Moisadokumentide_kollektsioon, lk 2
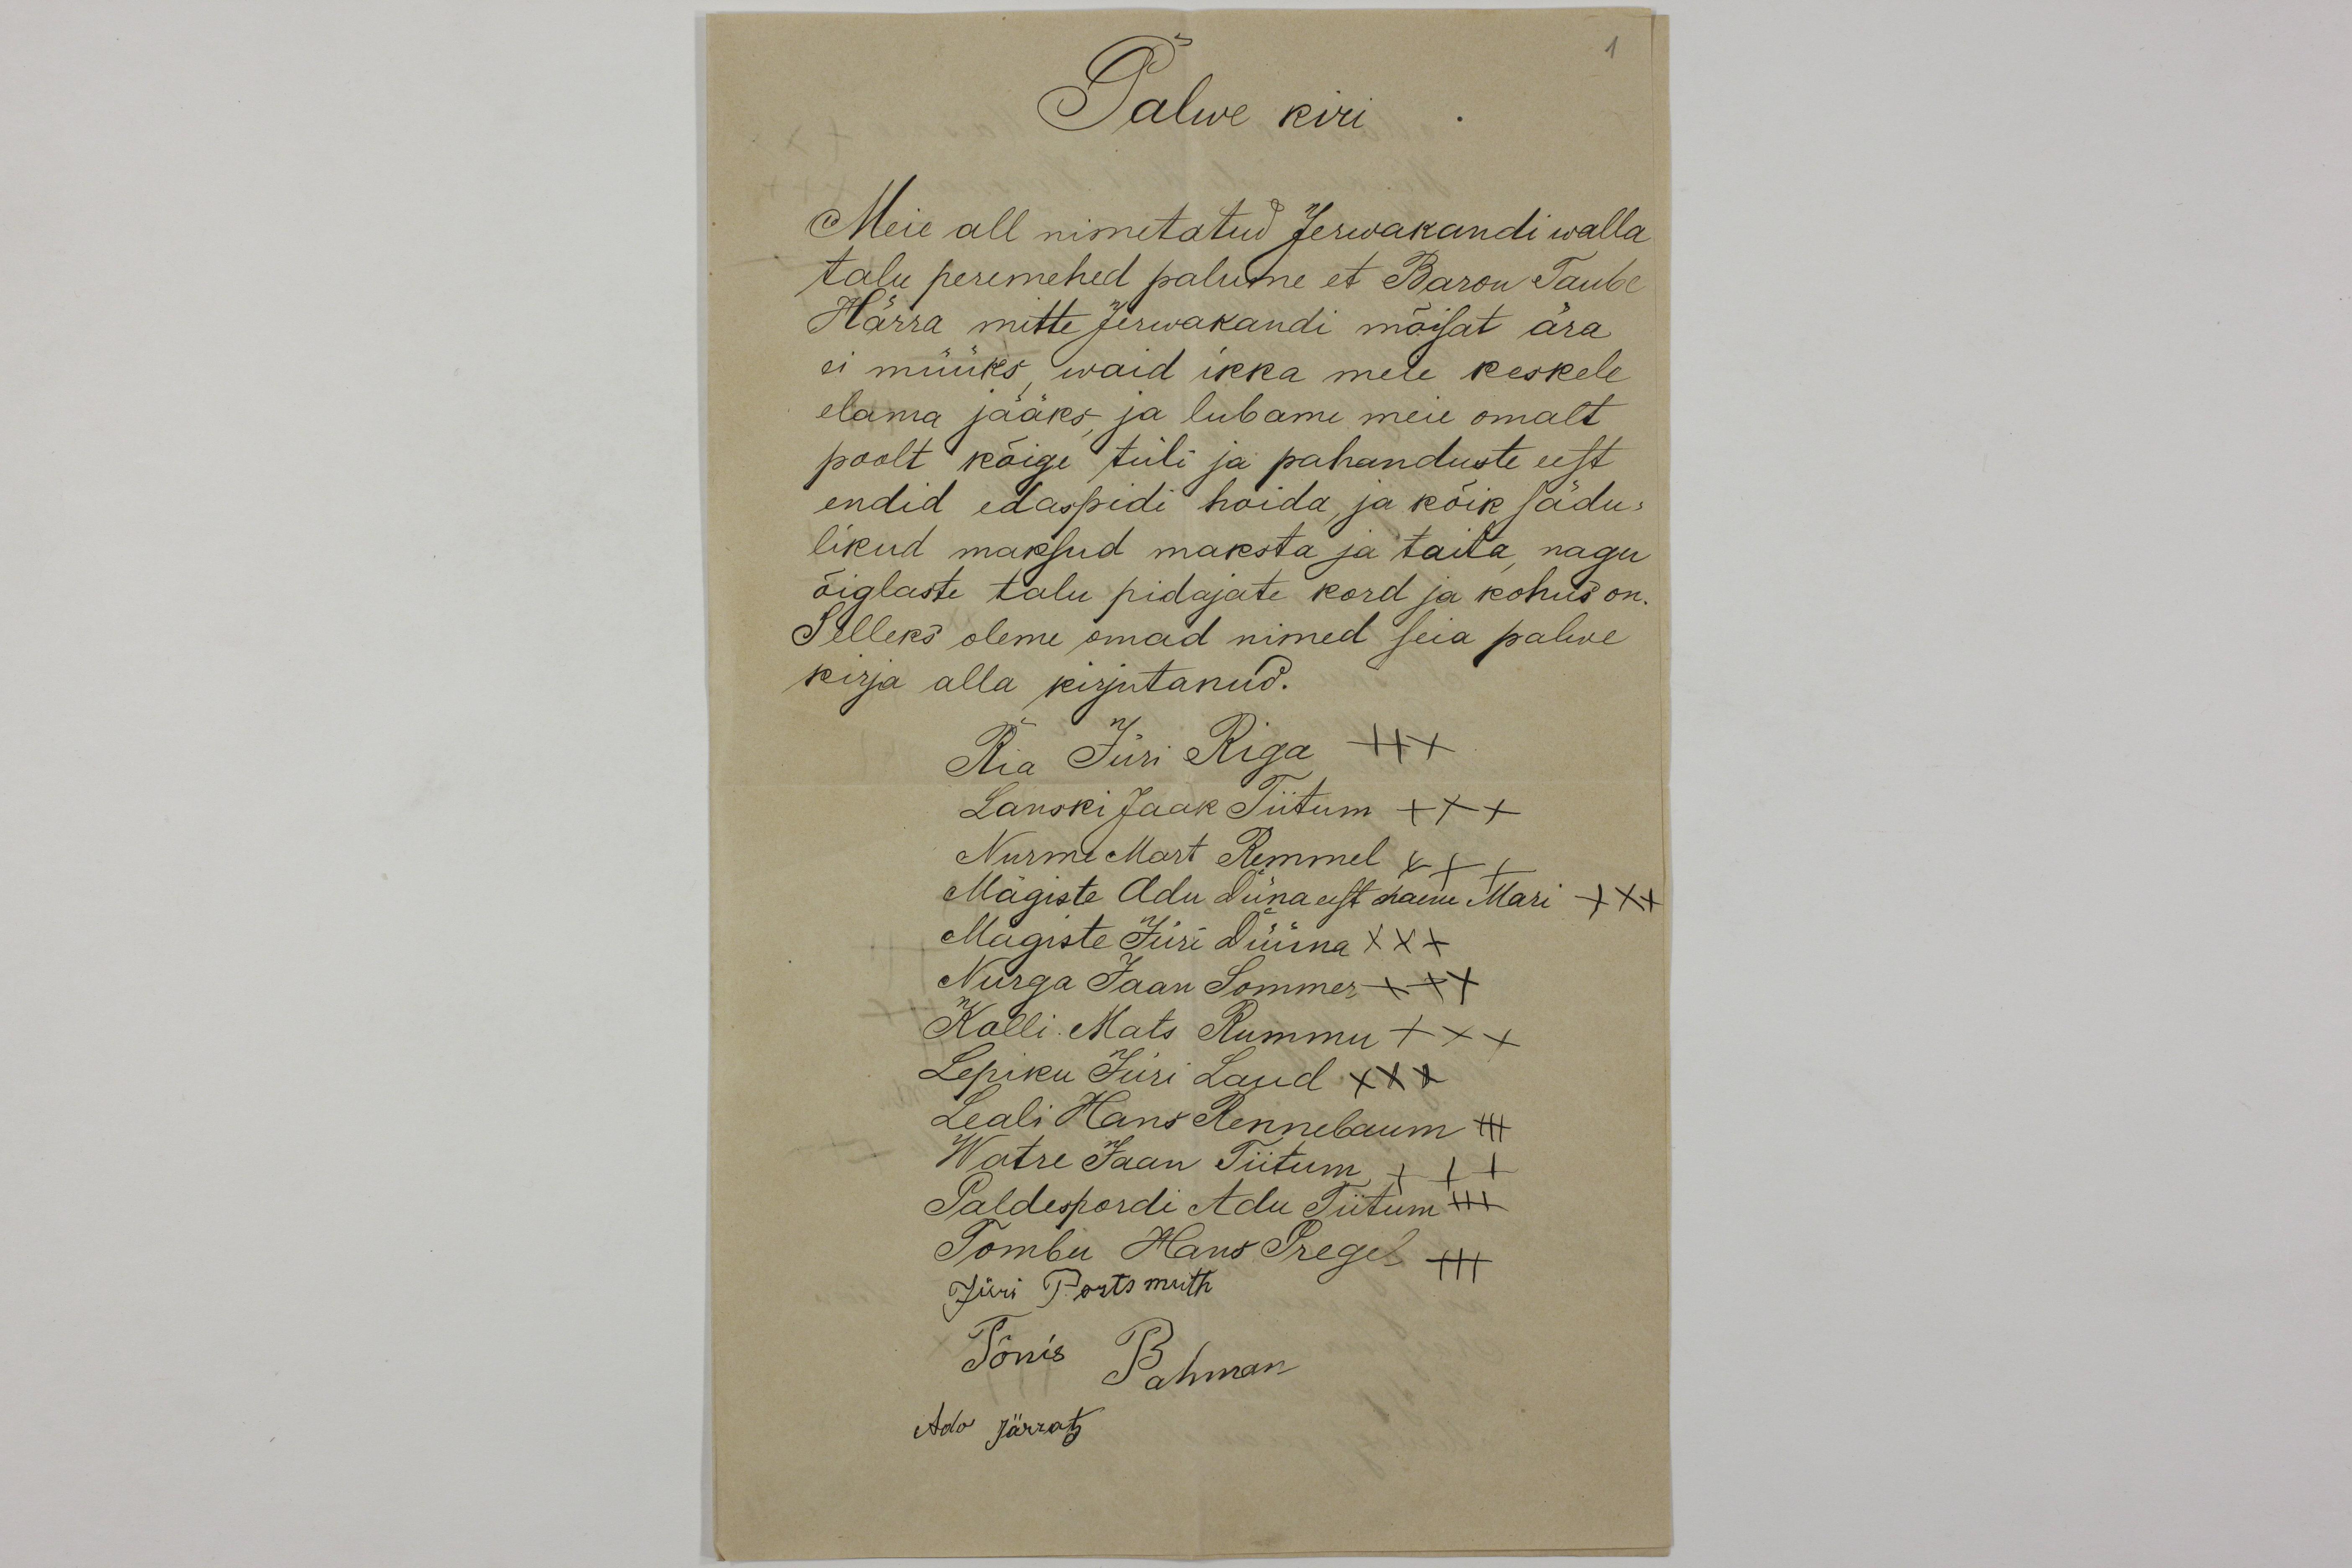
Palwe kiri
Meie all nimetatud Jerwakandi walla
talu peremehed palume, et Baron Taube
Härra mitte Jerwakandi mõisat ära
ei müüks waid ikka meie keskele
elama jääks, ja lubame meie omalt
poolt kõige tüli ja pahanduste eest
endid edaspidi hoida ja kõik sädus
likud maksud maksta ja täita, nagu
õiglaste talu pidajate kord ja kohus on.
Selleks oleme omad nimed seia palwe
kirja alla kirjutanud.
Ria Jüri Riga XXX
Lanski Jaak Tiitum XXX
Nurme Mart Remmel XXX
Mägiste Adu Diina eest naene Mari XXX
Mägiste Jüri Düüna XXX
Nurga Jaan Sommer +++
Kolli Mats Rummu XXX
Lepiku Jüri Laud XXX
Leali Hans Rennebaum XXX
Watre Jaan Tiitum XXX
Paldespordi Adu Tiitum XXX
Tombu Hans Pregel XXX
Jüri Portsmuth
Tõnis Bahman
Ado Järrats